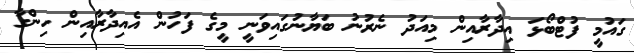
ގައުމީ ފުޓްބޯޅަ އިދާރާއިން މިއަދު ނެރުނު ބަޔާނުގައިވަނީ މީގެ ފަހުން އެއިދާރާއިން ހިންގާ